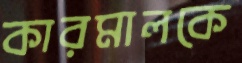
কারমালকে